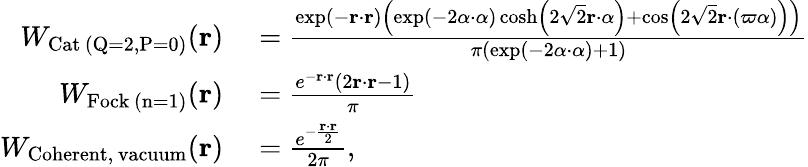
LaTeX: \begin{array}{rl}{W_{\mathrm{Cat\, (Q=2,P=0)}}(\mathbf{r})}&{{}=\frac{\exp(-\mathbf{r}\cdot\mathbf{r})\left(\exp(-2\alpha\cdot\alpha)\cosh\left(2\sqrt{2}\mathbf{r}\cdot\alpha\right)+\cos\left(2\sqrt{2}\mathbf{r}\cdot(\varpi\alpha)\right)\right)}{\pi(\exp(-2\alpha\cdot\alpha)+1)}}\\ {W_{\mathrm{Fock\, (n=1)}}(\mathbf{r})}&{{}=\frac{e^{-\mathbf{r}\cdot\mathbf{r}}\left(2\mathbf{r}\cdot\mathbf{r}-1\right)}{\pi}}\\ {W_{\mathrm{Coherent,\, vacuum}}(\mathbf{r})}&{{}=\frac{e^{-\frac{\mathbf{r}\cdot\mathbf{r}}{2}}}{2\pi},}\end{array}